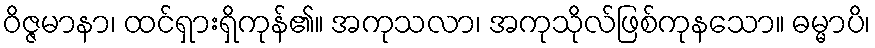
ဝိဇ္ဇမာနာ၊ ထင်ရှားရှိကုန်၏။ အကုသလာ၊ အကုသိုလ်ဖြစ်ကုနသော။ ဓမ္မာပိ၊